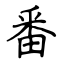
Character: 番